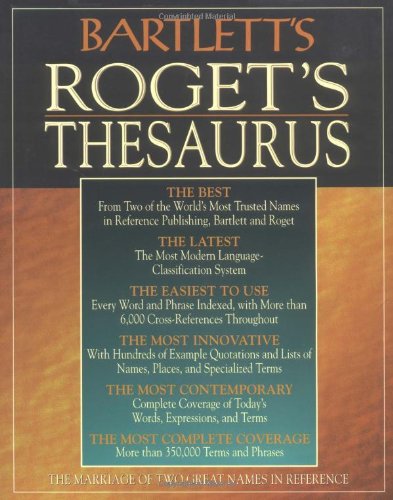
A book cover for Bartlett's Roget's Thesaurus; Bartlett's; Reference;